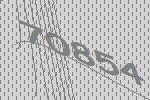
70854